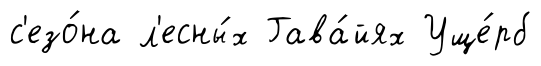
с'езо́на л'есны́х Гава́йях Уще́рб